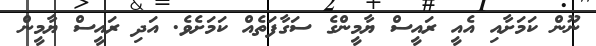
ނޫން ކަމަށާއި އެއީ ރައީސް ޔާމީންގެ ސަގާފަތެއް ކަމަށެވެ. އަދި ރައީސް ޔާމީން